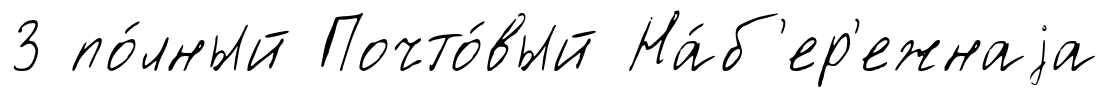
3 по́лный Почто́вый На́б'ер'ежнаjа